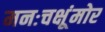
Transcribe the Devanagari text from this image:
मनःचक्षूंमोर